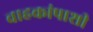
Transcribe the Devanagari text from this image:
वाहकांपाशी